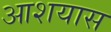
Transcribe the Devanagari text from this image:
आशयास